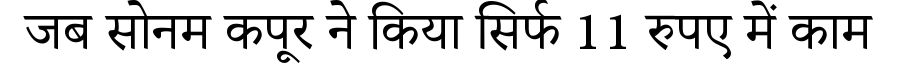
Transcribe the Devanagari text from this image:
जब सोनम कपूर ने किया सिर्फ 11 रुपए में काम